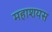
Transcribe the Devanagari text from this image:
महाशयस